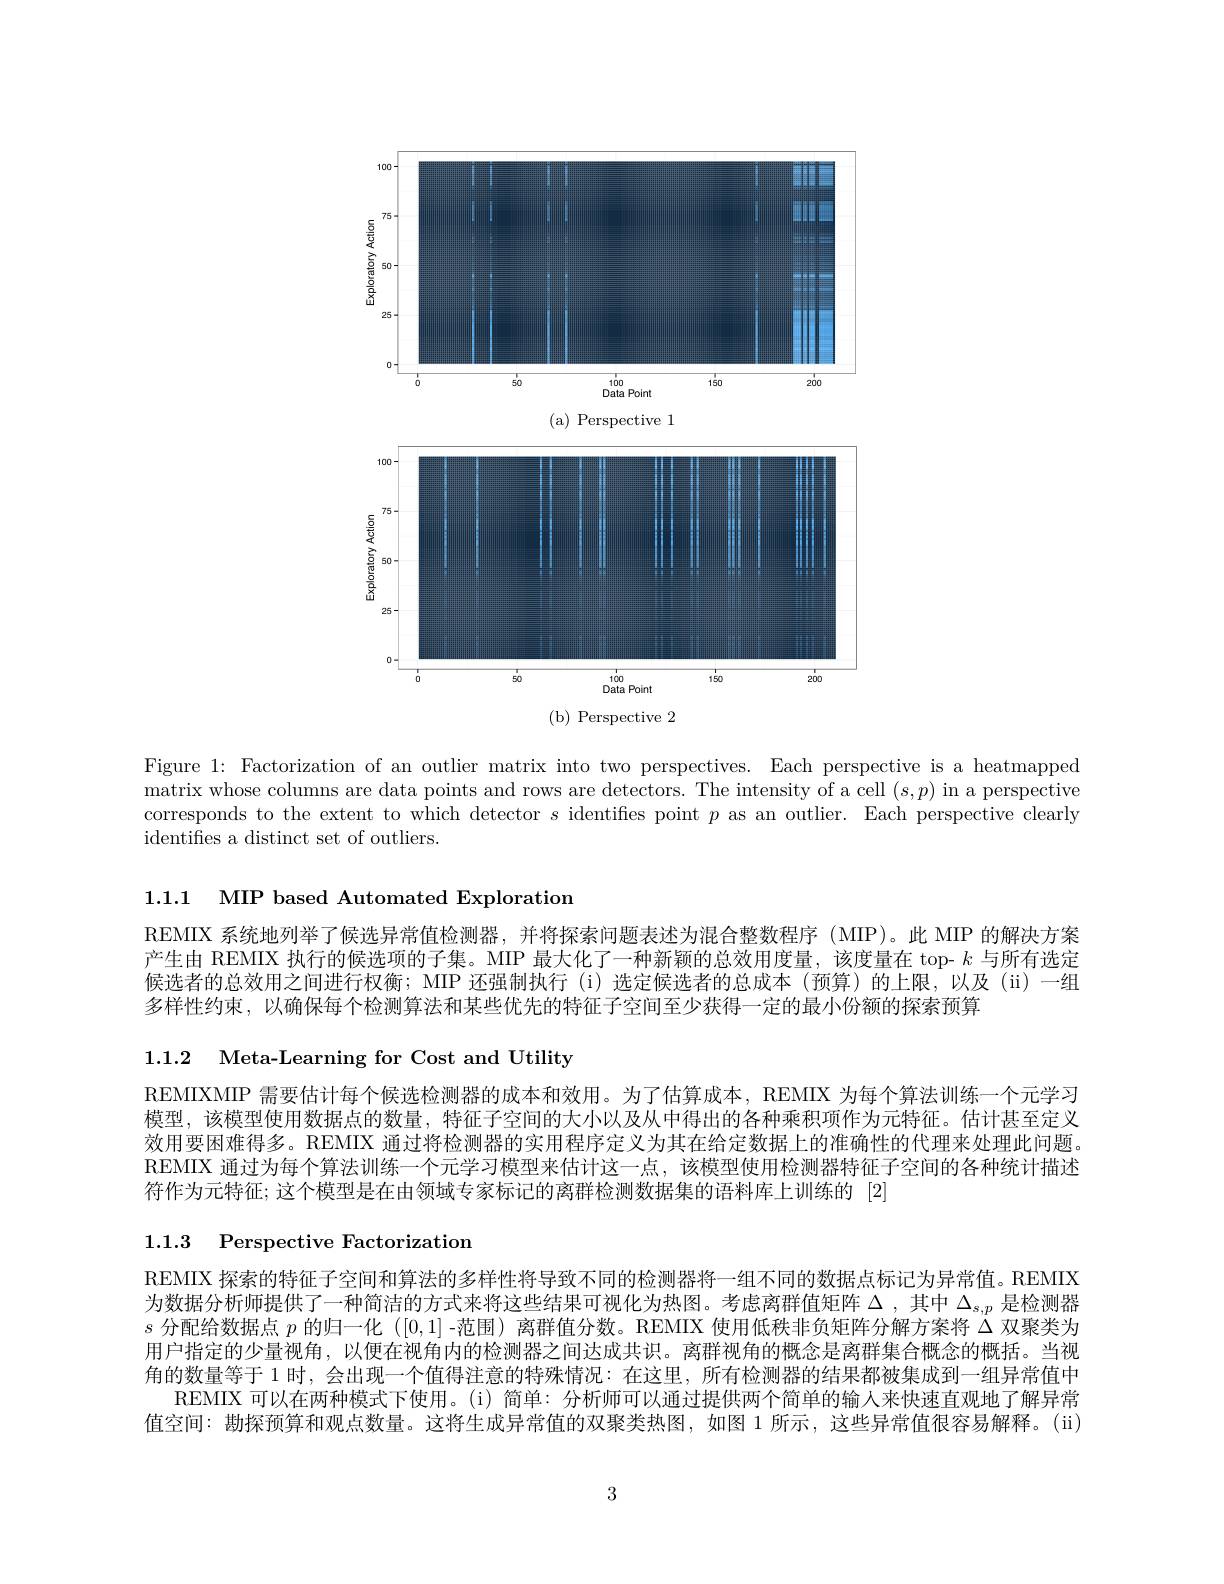
<FigureHere>
(b)Perspective 2

Figure 1: Factorization of an outlier matrix into two perspectives. Each perspective is a heatmapped matrix whose columns are data points and rows are detectors. The intensity of a cell $(s,p)$ in a perspective corresponds to the extent to which detector $s$ identifies point $p$ as an outlier. Each perspective clearly identifies a distinct set of outliers.

1.1.1 MIP based Automated Exploration

REMIX 系统地列举了候选异常值检测器，并将探索问题表述为混合整数程序 (MIP)。此 MIP 的解决方案产生由 REMIX 执行的候选项的子集。MIP 最大化了一种新颖的总效用度量，该度量在 top- $k$与所有选定候选者的总效用之间进行权衡；MIP 还强制执行 (i)选定候选者的总成本 (预算)的上限，以及 (ii) 一组多样性约束，以确保每个检测算法和某些优先的特征子空间至少获得一定的最小份额的探索预算

1.1.2 Meta-Learning for Cost and Utility

REMIXMIP 需要估计每个候选检测器的成本和效用。为了估算成本，REMIX 为每个算法训练一个元学习模型，该模型使用数据点的数量，特征子空间的大小以及从中得出的各种乘积项作为元特征。估计甚至定义效用要困难得多。REMIX 通过将检测器的实用程序定义为其在给定数据上的准确性的代理来处理此问题。REMIX 通过为每个算法训练一个元学习模型来估计这一点，该模型使用检测器特征子空间的各种统计描述符作为元特征；这个模型是在由领域专家标记的离群检测数据集的语料库上训练的「2]

1.1.3 Perspective Factorizatiom

REMIX 探索的特征子空间和算法的多样性将导致不同的检测器将一组不同的数据点标记为异常值。REMIX 为数据分析师提供了一种简洁的方式来将这些结果可视化为热图。考虑离群值矩阵$\Delta$ ,其中$\Delta_{s,p}$是检测器$s$分配给数据点$p$的归一化 ([0,1]-范围) 离群值分数。REMIX 使用低秩非负矩阵分解方案将$\bar{\Delta}$双聚类为用户指定的少量视角，以便在视角内的检测器之间达成共识。离群视角的概念是离群集合概念的概括。当视角的数量等于 1 时，会出现一个值得注意的特殊情况：在这里，所有检测器的结果都被集成到一组异常值中
REMIX 可以在两种模式下使用。(i)简单：分析师可以通过提供两个简单的输人来快速直观地了解异常值空间：勘探预算和观点数量。这将生成异常值的双聚类热图，如图 1 所示，这些异常值很容易解释。(ii)

3